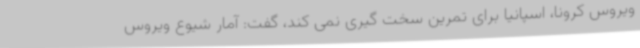
ویروس کرونا، اسپانیا برای تمرین سخت گیری نمی کند، گفت: آمار شیوع ویروس